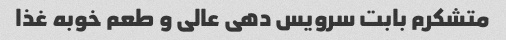
متشکرم بابت سرویس دهی عالی و طعم خوبه غذا